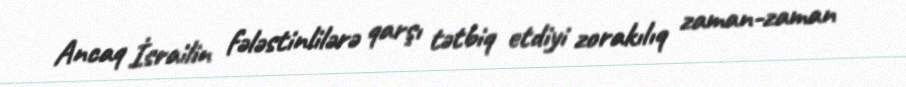
Ancaq İsrailin fələstinlilərə qarşı tətbiq etdiyi zorakılıq zaman-zaman